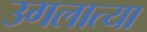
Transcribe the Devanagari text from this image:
उगलात्या